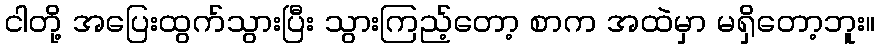
ငါတို့ အပြေးထွက်သွားပြီး သွားကြည့်တော့ စာက အထဲမှာ မရှိတော့ဘူး။